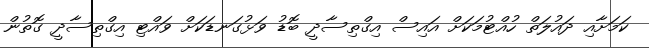
ކަމަށާއި ދައުލަތް ހުއްޓުމަކަށް އައިސް އިގްތިސާދީ ބޮޑު ވަޅުގަނޑަކަށް ވައްޓި އިގްތިސާދީ ގޮތުން